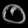
Digit: ၀